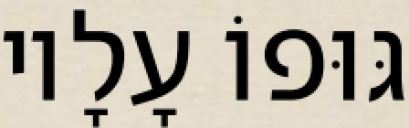
גּוּפוֹ עָלָיו